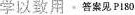
学以致用·答案见P180